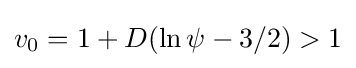
v_{0}=1+D(\ln \psi -3/2)>1